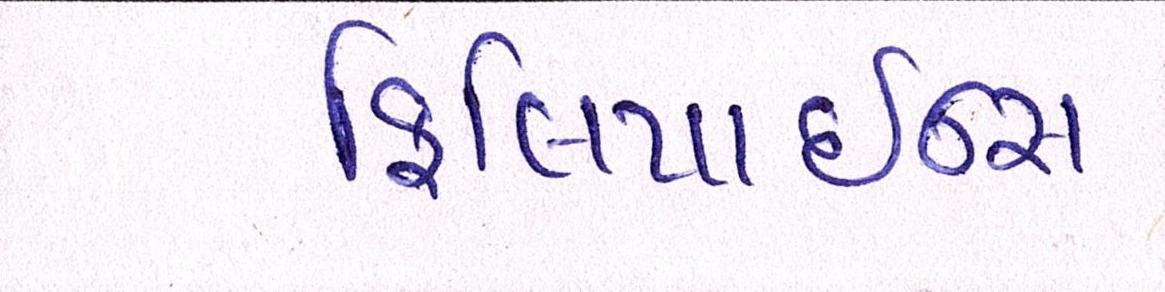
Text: ફિલિપાઇન્સ